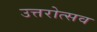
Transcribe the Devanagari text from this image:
उत्तरोत्सव